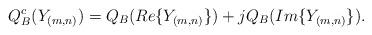
LaTeX: \begin{align*}Q_{B}^{c}(Y_{(m,n)})=Q_{B}(Re\{Y_{(m,n)}\})+jQ_{B}(Im\{Y_{(m,n)}\}).\end{align*}